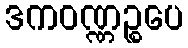
ဒကဝဏ္ဏဉ္စပေ